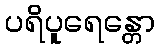
ပရိပူရေန္တော